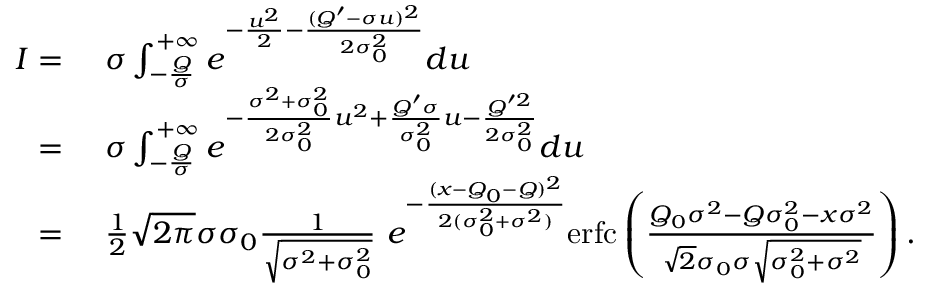
\begin{array} { r l } { I = \ } & { \sigma \int _ { - \frac { Q } { \sigma } } ^ { + \infty } e ^ { - \frac { u ^ { 2 } } { 2 } - \frac { ( Q ^ { \prime } - \sigma u ) ^ { 2 } } { 2 \sigma _ { 0 } ^ { 2 } } } d u } \\ { = \ } & { \sigma \int _ { - \frac { Q } { \sigma } } ^ { + \infty } e ^ { - \frac { \sigma ^ { 2 } + \sigma _ { 0 } ^ { 2 } } { 2 \sigma _ { 0 } ^ { 2 } } u ^ { 2 } + \frac { Q ^ { \prime } \sigma } { \sigma _ { 0 } ^ { 2 } } u - \frac { Q ^ { \prime 2 } } { 2 \sigma _ { 0 } ^ { 2 } } } d u } \\ { = \ } & { \frac { 1 } { 2 } \sqrt { 2 \pi } \sigma \sigma _ { 0 } \frac { 1 } { \sqrt { \sigma ^ { 2 } + \sigma _ { 0 } ^ { 2 } } } \ e ^ { - \frac { ( x - Q _ { 0 } - Q ) ^ { 2 } } { 2 ( \sigma _ { 0 } ^ { 2 } + \sigma ^ { 2 } ) } } \mathrm { e r f c } \left( \frac { Q _ { 0 } \sigma ^ { 2 } - Q \sigma _ { 0 } ^ { 2 } - x \sigma ^ { 2 } } { \sqrt { 2 } \sigma _ { 0 } \sigma \sqrt { \sigma _ { 0 } ^ { 2 } + \sigma ^ { 2 } } } \right) . } \end{array}